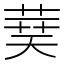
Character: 𦴐